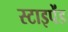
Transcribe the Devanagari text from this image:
स्टाइपेंड